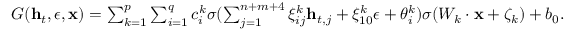
\begin{array} { r } { G ( \mathbf { h } _ { t } , \epsilon , \mathbf { x } ) = \sum _ { k = 1 } ^ { p } \sum _ { i = 1 } ^ { q } c _ { i } ^ { k } \sigma ( \sum _ { j = 1 } ^ { n + m + 4 } \xi _ { i j } ^ { k } \mathbf { h } _ { t , j } + \xi _ { 1 0 } ^ { k } \epsilon + \theta _ { i } ^ { k } ) \sigma ( W _ { k } \cdot \mathbf { x } + \zeta _ { k } ) + b _ { 0 } . } \end{array}